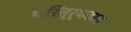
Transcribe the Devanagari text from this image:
चरित्र्यवान